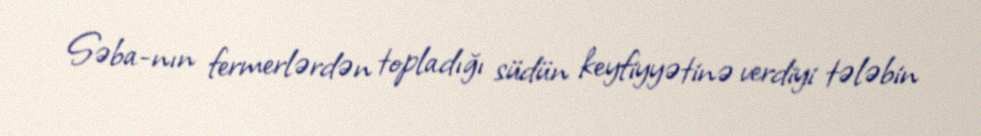
Səba-nın fermerlərdən topladığı südün keyfiyyətinə verdiyi tələbin